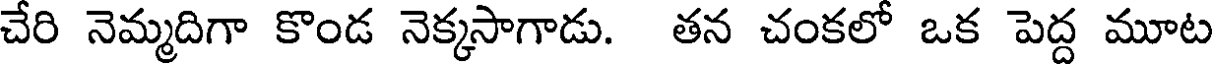
చేరి నెమ్మదిగా కొండ నెక్కసాగాడు. తన చంకలో ఒక పెద్ద మూట